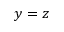
y = z